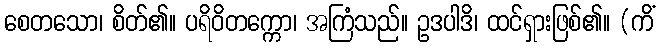
စေတသော၊ စိတ်၏။ ပရိဝိတက္ကော၊ အကြံသည်။ ဥဒပါဒိ၊ ထင်ရှားဖြစ်၏။ (ကိံ